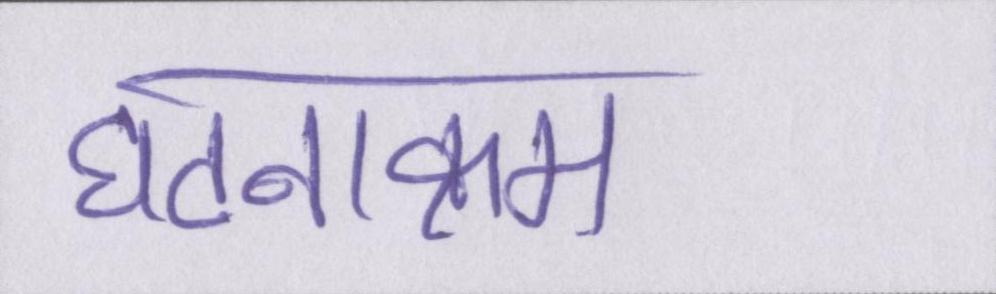
घटनाक्रम